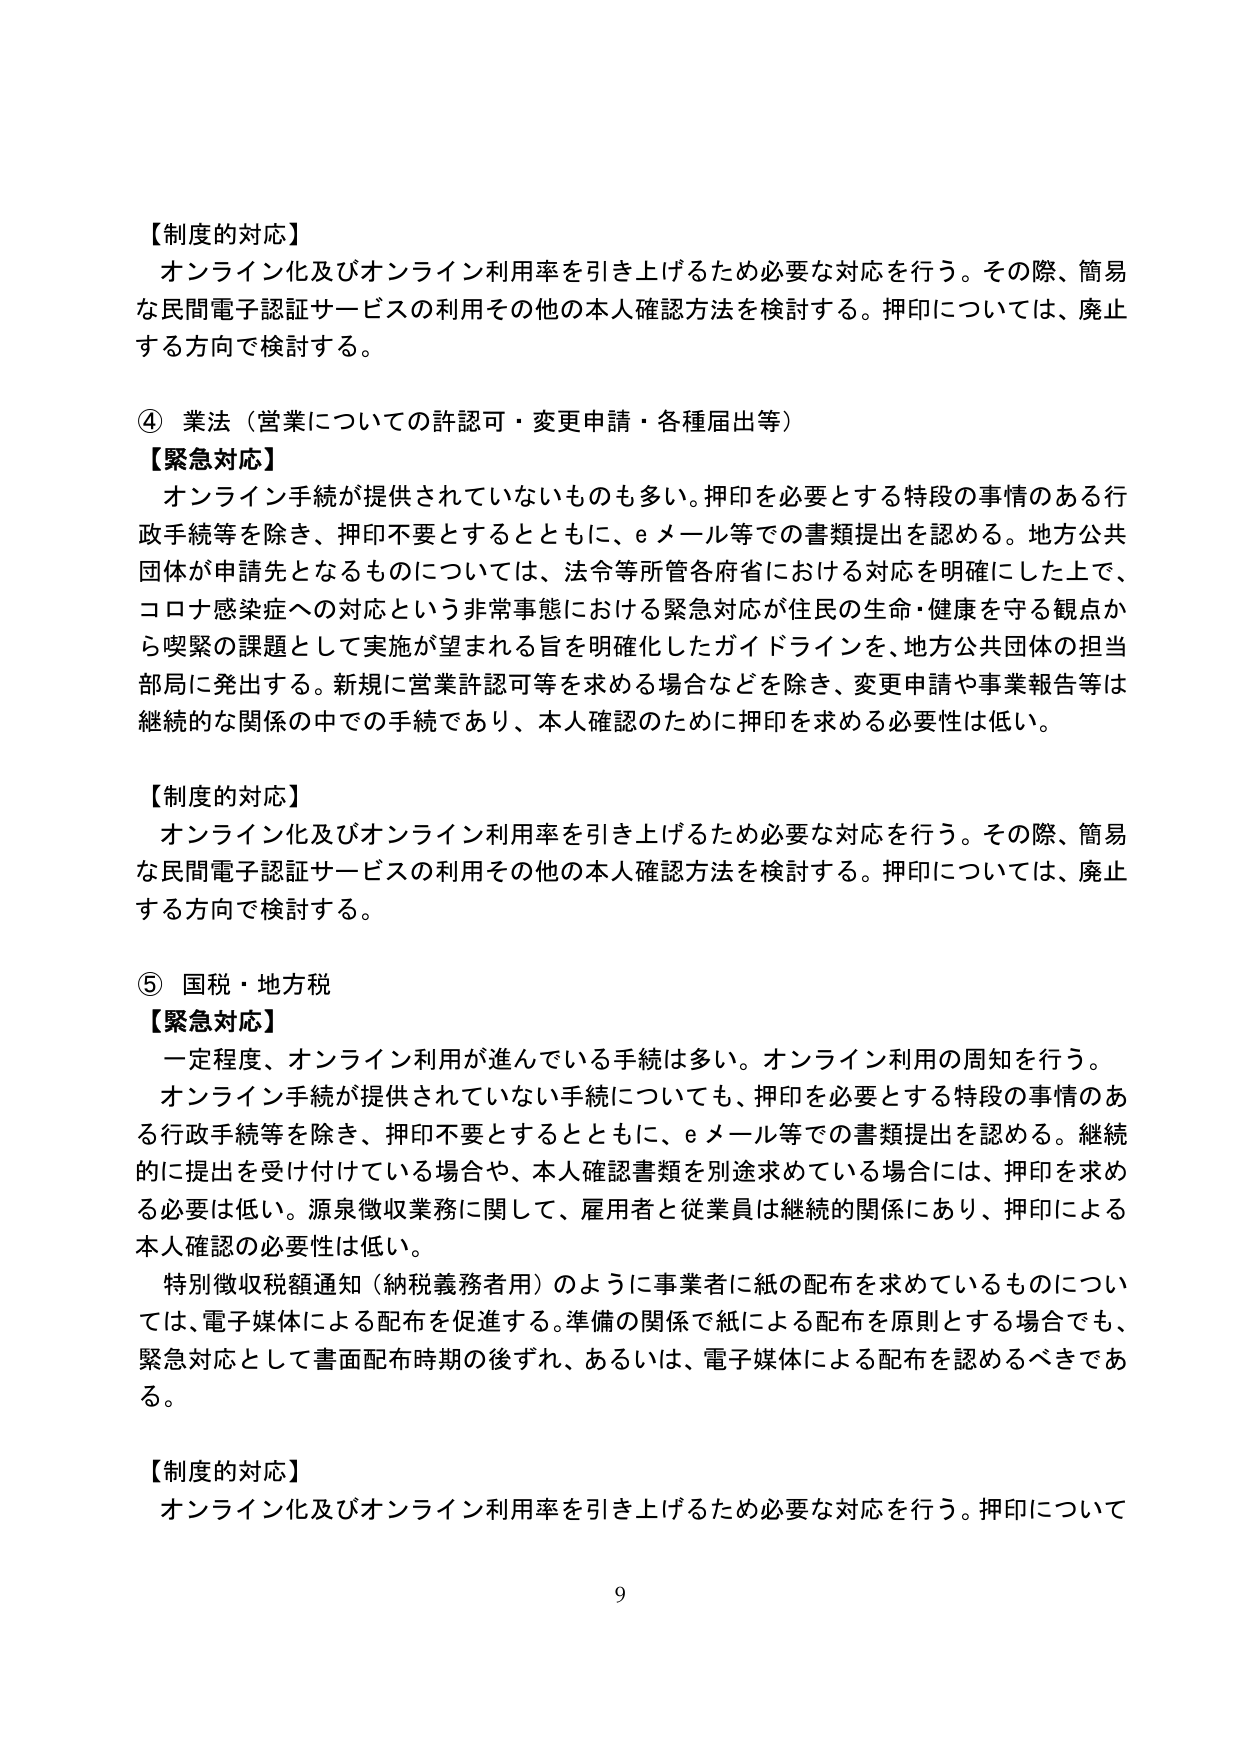
【制度的対応】
オンライン化及びオンライン利用率を引き上げるため必要な対応を行う。その際、簡易な民間電子認証サービスの利用その他の本人確認方法を検討する。押印については、廃止する方向で検討する。

④ 業法（営業についての許認可・変更申請・各種届出等）
【緊急対応】
オンライン手続が提供されていないものも多い。押印を必要とする特段の事情のある行政手続等を除き、押印不要とするとともに、eメール等での書類提出を認める。地方公共団体が申請先となるものについては、法令等所管各府省における対応を明確にした上で、コロナ感染症への対応という非常事態における緊急対応が住民の生命・健康を守る観点から喫緊の課題として実施が望まれる旨を明確化したガイドラインを、地方公共団体の担当部局に発出する。新規に営業許認可等を求める場合などを除き、変更申請や事業報告等は継続的な関係の中での手続であり、本人確認のために押印を求める必要性は低い。

【制度的対応】
オンライン化及びオンライン利用率を引き上げるため必要な対応を行う。その際、簡易な民間電子認証サービスの利用その他の本人確認方法を検討する。押印については、廃止する方向で検討する。

⑤ 国税・地方税
【緊急対応】
一定程度、オンライン利用が進んでいる手続は多い。オンライン利用の周知を行う。
オンライン手続が提供されていない手続についても、押印を必要とする特段の事情のある行政手続等を除き、押印不要とするとともに、eメール等での書類提出を認める。継続的に提出を受け付けている場合や、本人確認書類を別途求めている場合には、押印を求める必要は低い。源泉徴収業務に関して、雇用者と従業員は継続的関係にあり、押印による本人確認の必要性は低い。
特別徴収税額通知（納税義務者用）のように事業者に紙の配布を求めているものについては、電子媒体による配布を促進する。準備の関係で紙による配布を原則とする場合でも、緊急対応として書面配布時期の後ずれ、あるいは、電子媒体による配布を認めるべきである。

【制度的対応】
オンライン化及びオンライン利用率を引き上げるため必要な対応を行う。押印について

9